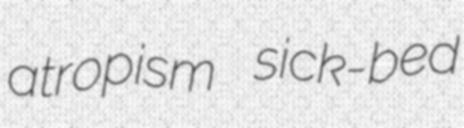
atropism sick-bed